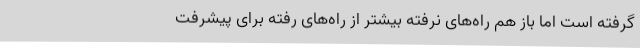
گرفته است اما باز هم راه‌های نرفته بیشتر از راه‌های رفته برای پیشرفت